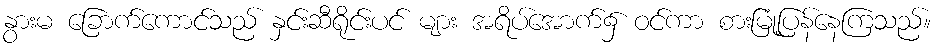
နွားမ ခြောက်ကောင်သည် နှင်းဆီရိုင်းပင် များ အရိပ်အောက်၌ ဝင်ကာ စားမြုံ့ပြန်နေကြသည်။